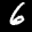
Digit: 6